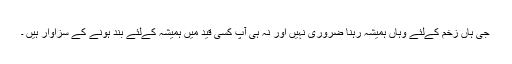
جی ہاں زخم کےلئے وہاں ہمیشہ رہنا ضروری نہیں اور نہ ہی آپ کسی قید میں ہمیشہ کےلئے بند ہونے کے سزاوار ہیں ۔